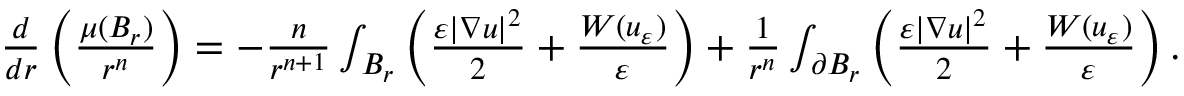
\begin{array} { r } { \frac { d } { d r } \left( \frac { \mu ( B _ { r } ) } { r ^ { n } } \right) = - \frac { n } { r ^ { n + 1 } } \int _ { B _ { r } } \left( \frac { \varepsilon | \nabla u | ^ { 2 } } { 2 } + \frac { W ( u _ { \varepsilon } ) } { \varepsilon } \right) + \frac { 1 } { r ^ { n } } \int _ { \partial B _ { r } } \left( \frac { \varepsilon | \nabla u | ^ { 2 } } { 2 } + \frac { W ( u _ { \varepsilon } ) } { \varepsilon } \right) . } \end{array}